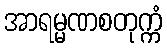
အာရမ္မဏစတုက္ကံ